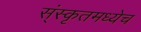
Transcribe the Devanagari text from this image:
स्ंस्कृतमध्येच